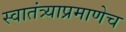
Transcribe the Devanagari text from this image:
स्वातंत्र्याप्रमाणेच